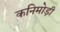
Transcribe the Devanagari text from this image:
कनिमोड़ी